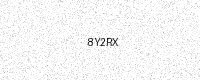
Text: 8Y2RX